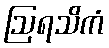
ဩရသိကံ